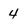
Character: 4